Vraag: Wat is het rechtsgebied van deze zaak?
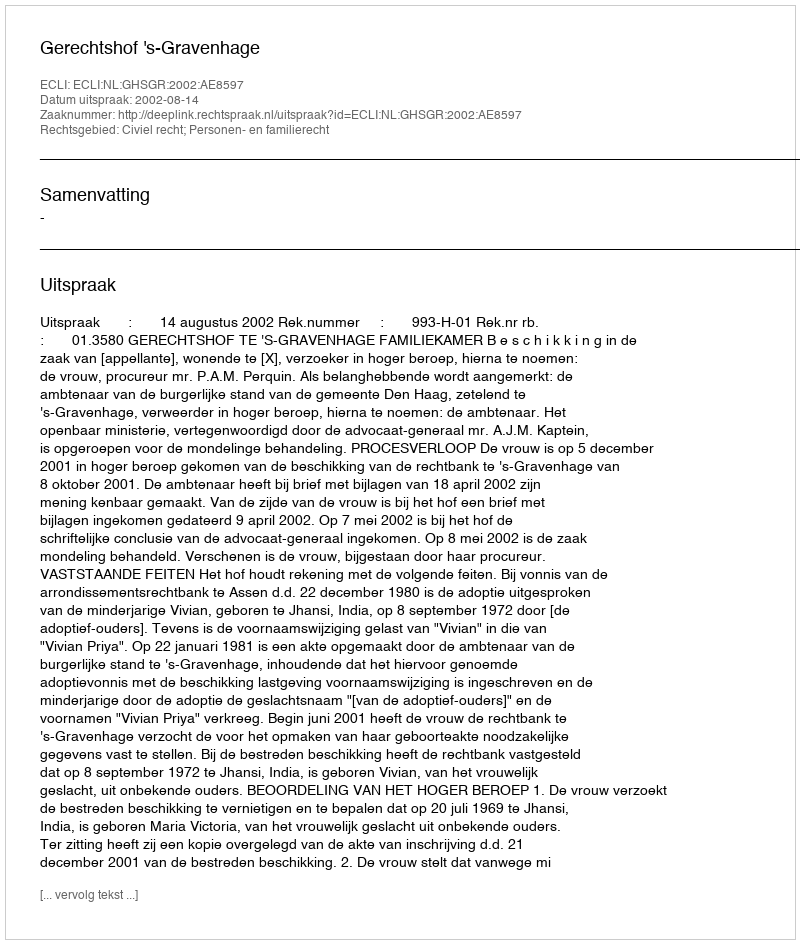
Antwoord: Civiel recht; Personen- en familierecht